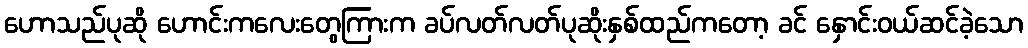
ဟောသည်ပုဆို ဟောင်းကလေးတွေကြားက ခပ်လတ်လတ်ပုဆိုးနှစ်ထည်ကတော့ ခင် နှောင်းဝယ်ဆင်ခဲ့သော